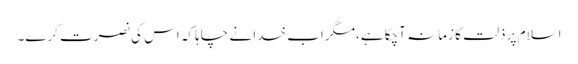
اسلام پر ذلت کا زمانہ آچکا ہے،مگر اب خدا نے چاہا کہ اس کی نصرت کرے۔